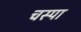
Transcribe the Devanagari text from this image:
चस्‍पा